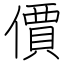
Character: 價